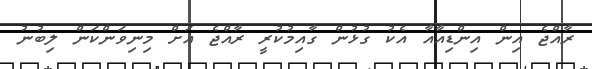
ރާއްޖެ އިން އިންޑިއާއާ އެކު ގުޅުން ގާއިމުކުރީ ރާއްޖެ އަށް މިނިވަންކަން ލިބުނު